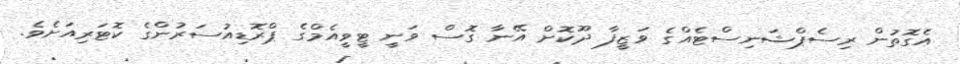
އެގޮތުން ރިސެޕްޝަނިސްޓެއްގެ ވަޒީފާ ދޫކޮށް އޭނާ ގޮސް ވަނީ ޓީވީއެމްގެ ޕްރޮޑިއުސަރުންގެ ކޮޓަރިއަށެވެ.